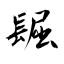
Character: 镼